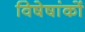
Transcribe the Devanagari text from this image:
विषेषांकों